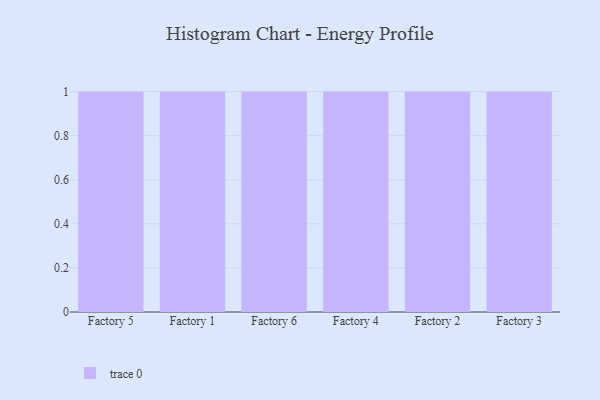
{"axis": {"x": "Factory", "y": "Production Output"}, "legend": [""], "data": [{"x": "Factory 5", "y": 44, "type": ""}, {"x": "Factory 1", "y": 90, "type": ""}, {"x": "Factory 6", "y": 31, "type": ""}, {"x": "Factory 4", "y": 61, "type": ""}, {"x": "Factory 2", "y": 43, "type": ""}, {"x": "Factory 3", "y": 88, "type": ""}]}